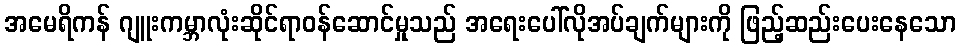
အမေရိကန် ဂျူးကမ္ဘာလုံးဆိုင်ရာဝန်ဆောင်မှုသည် အရေးပေါ်လိုအပ်ချက်များကို ဖြည့်ဆည်းပေးနေသော